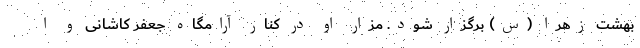
بهشت زهرا (س) برگزار شود. مزار او در کنار آرامگاه جعفر کاشانی و ا